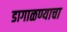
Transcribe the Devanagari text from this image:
डागाळण्याचा